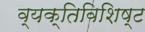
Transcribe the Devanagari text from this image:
व्यक्तिविशिष्ट